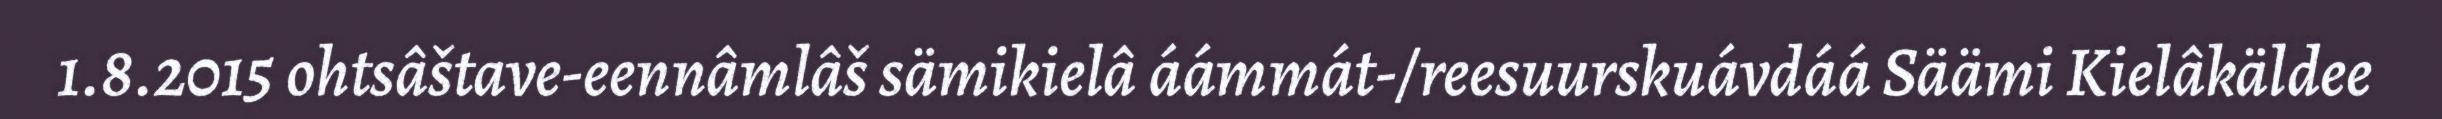
1.8.2015 ohtsâštave-eennâmlâš sämikielâ áámmát-/reesuurskuávdáá Säämi Kielâkäldee